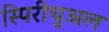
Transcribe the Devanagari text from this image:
स्पिरीचुअल